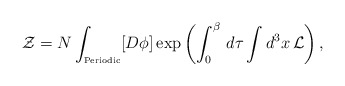
\begin{align*}{\cal Z} = N\int_{\mbox{\tiny Periodic}} [D\phi]\exp{\left(\int_0^\beta\,d\tau\int d^3x\,{\cal L}\right)}\,,\end{align*}